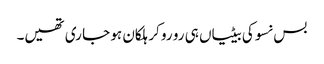
بس نسوکی بیٹیاں ہی رو رو کر ہلکان ہو جا ری تھیں۔